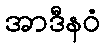
အာဒီနဝံ